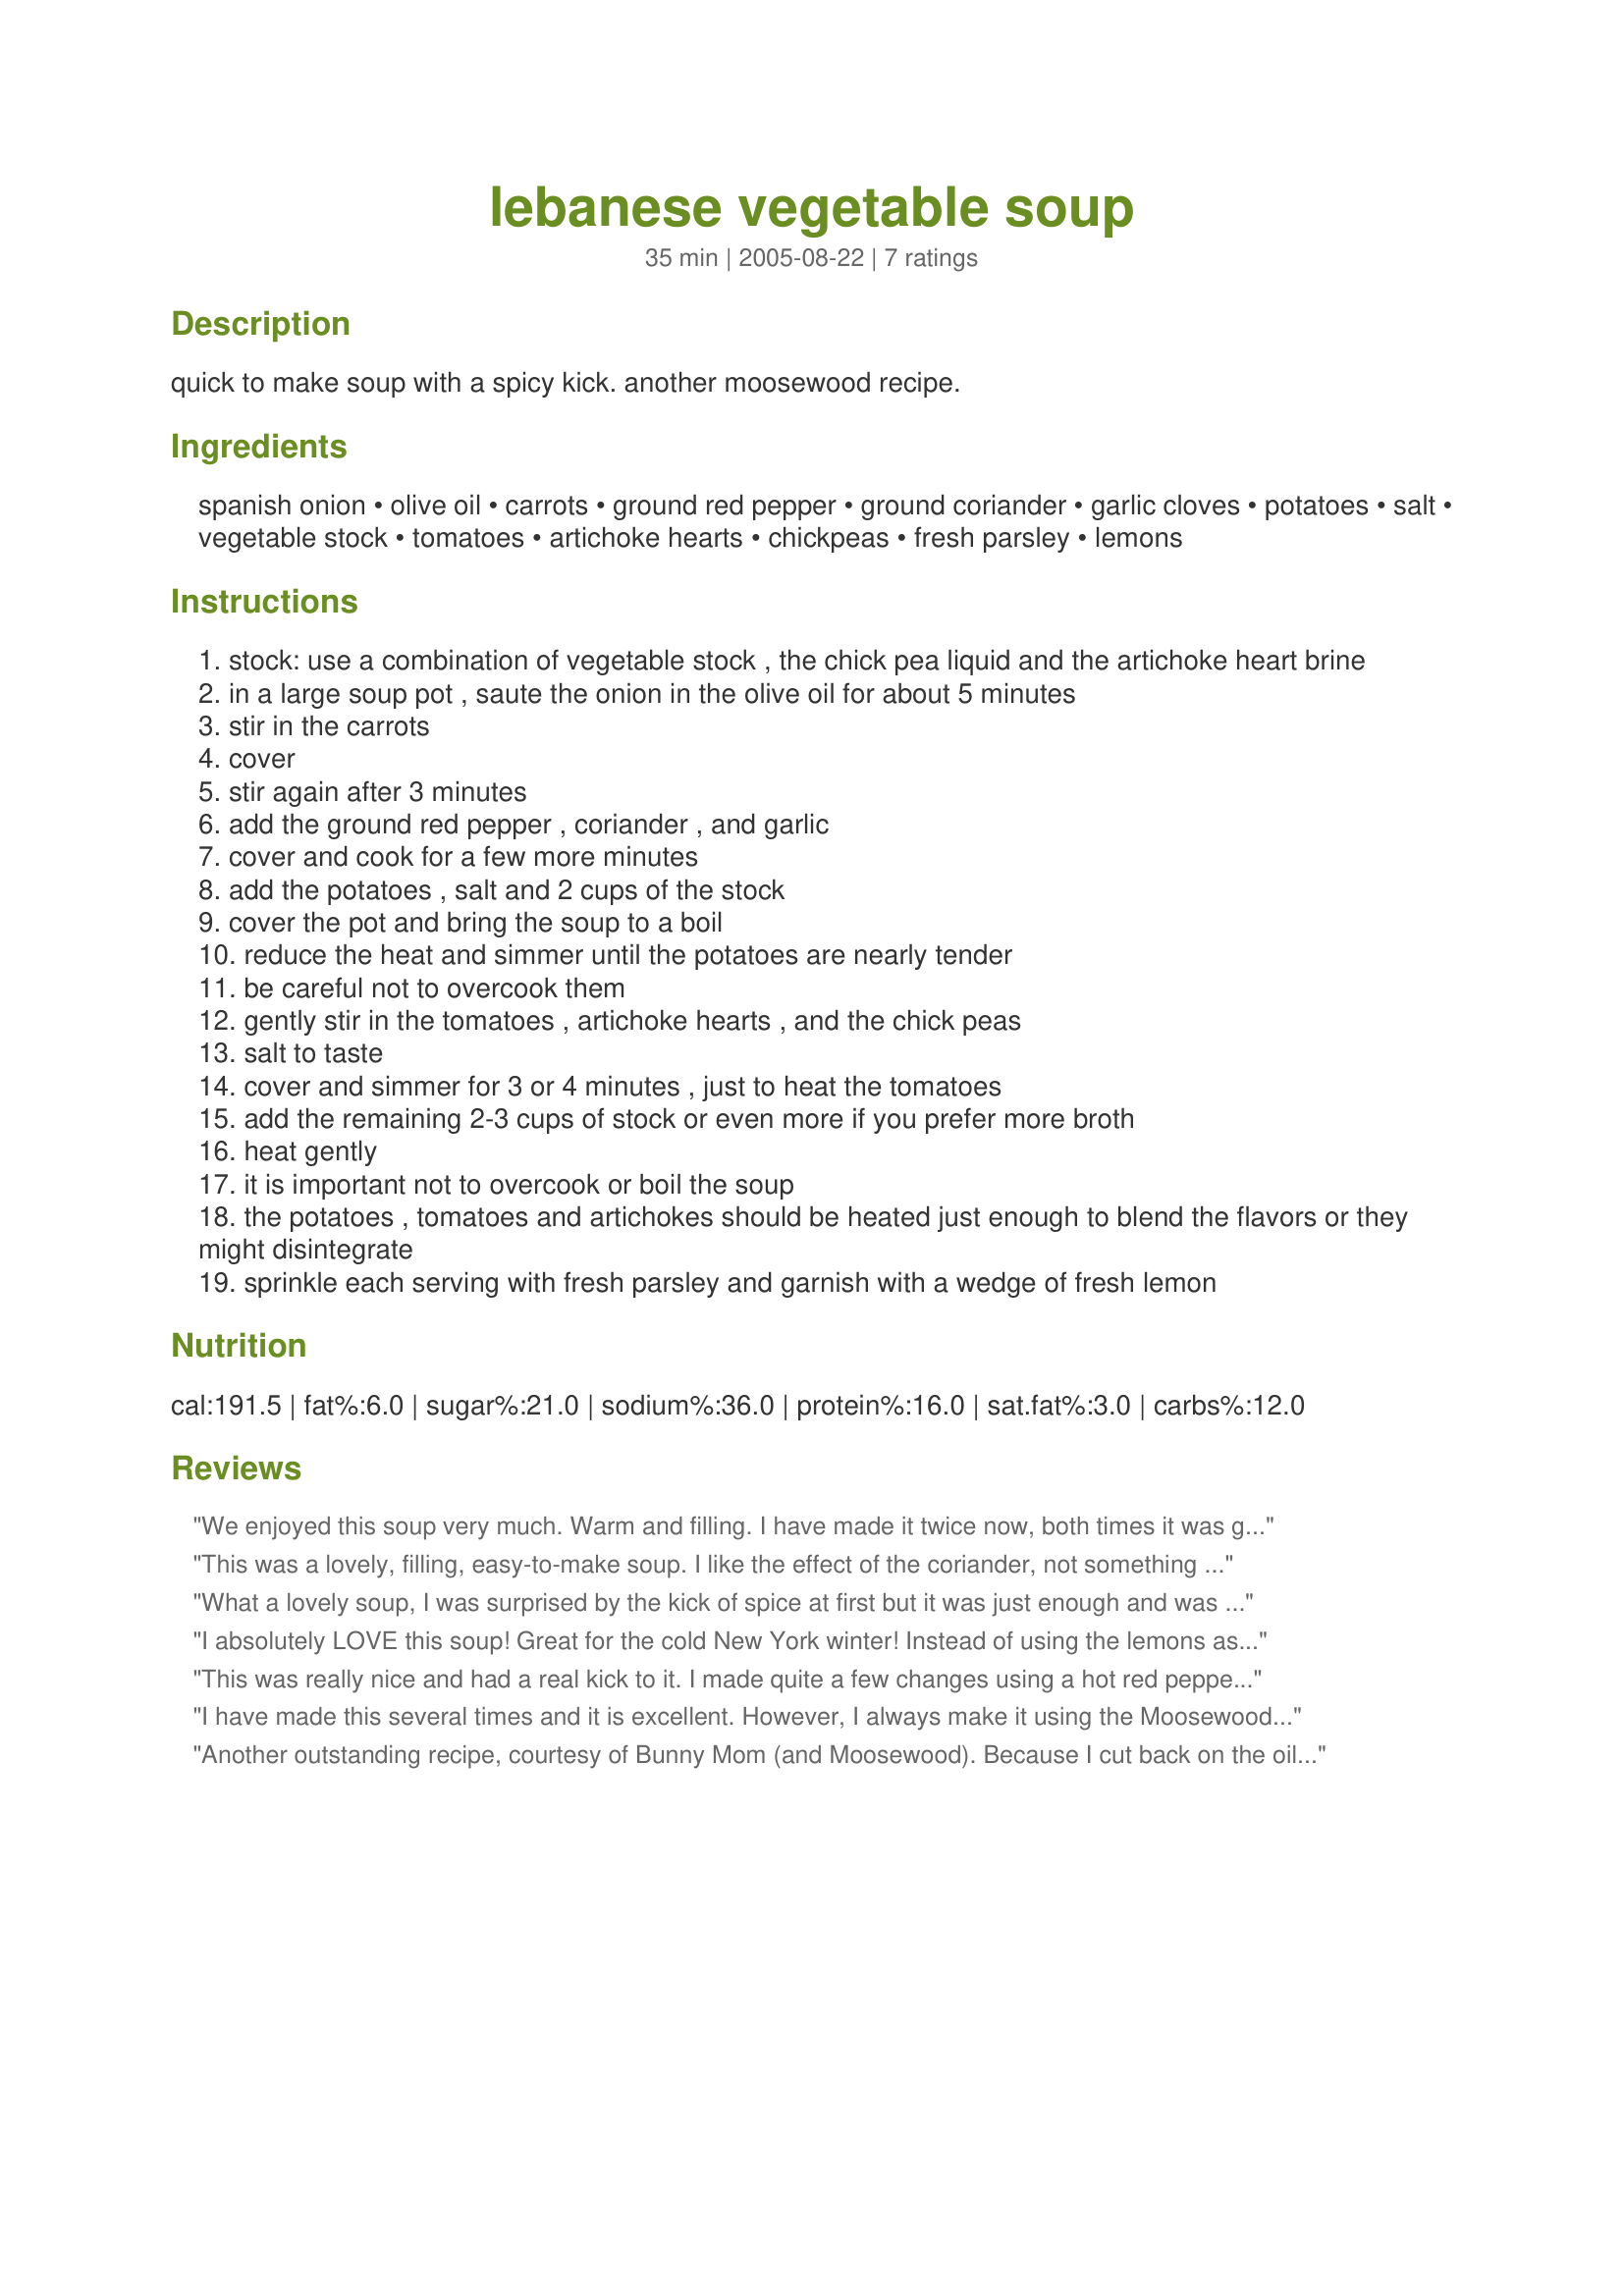
lebanese vegetable soup
Preparation time: 35 minutes

quick to make soup with a spicy kick. another moosewood recipe.

Ingredients:
spanish onion, olive oil, carrots, ground red pepper, ground coriander, garlic cloves, potatoes, salt, vegetable stock, tomatoes, artichoke hearts, chickpeas, fresh parsley, lemons

Steps:
stock: use a combination of vegetable stock , the chick pea liquid and the artichoke heart brine
in a large soup pot , saute the onion in the olive oil for about 5 minutes
stir in the carrots
cover
stir again after 3 minutes
add the ground red pepper , coriander , and garlic
cover and cook for a few more minutes
add the potatoes , salt and 2 cups of the stock
cover the pot and bring the soup to a boil
reduce the heat and simmer until the potatoes are nearly tender
be careful not to overcook them
gently stir in the tomatoes , artichoke hearts , and the chick peas
salt to taste
cover and simmer for 3 or 4 minutes , just to heat the tomatoes
add the remaining 2-3 cups of stock or even more if you prefer more broth
heat gently
it is important not to overcook or boil the soup
the potatoes , tomatoes and artichokes should be heated just enough to blend the flavors or they might disintegrate
sprinkle each serving with fresh parsley and garnish with a wedge of fresh lemon

Reviews:
We enjoyed this soup very much. Warm and filling. I have made it twice now, both times it was great. The second time, I replaced the potato with barley. Either way it was wonderful. Thank you.
This was a lovely, filling, easy-to-make soup. I like the effect of the coriander, not something I normally include in soup. Like the other reviewer, I cut back on the liquid some for a thicker soup. I also threw in a bit of broccoli I had left over. This one's a winner!
What a lovely soup, I was surprised by the kick of spice at first but it was just enough and was a compliment to the other flavours. I used sweet potatoes instead of regular because they have a richer texture, but it came out beautifully.
I absolutely LOVE this soup! Great for the cold New York winter! Instead of using the lemons as a garnish, I throw them IN the pot as the soup is simmering. I also add mushrooms to the soup. I happen to like crimini or portobello
This was really nice and had a real kick to it. I made quite a few changes using a hot red pepper and buckwheat instead of potatoes. See the updated recipe at http://stmargaretskitchen.blogspot.com/2009/01/spicy-vegetable-soup.html
I have made this several times and it is excellent. However, I always make it using the Moosewood vegetable stock recipe found in the same book at the back of the book.
Another outstanding recipe, courtesy of Bunny Mom (and Moosewood). Because I cut back on the oil a bit, the onion/carrot/garlic mixture stuck to the bottom of the pot, but after I added the liquid (water from artichoke and chick peas came to about 2 cups) that cleared away. I also roasted my artichokes first with 2 garlic cloves (because I was working on developing one of my own recipes that called for roasted artichokes which I will be posting soon;). I only added 2 additional cups of broth, which resulted in a very thick soup. I threw in a generous handful of baby spinach instead of the parsley which I forgot to pick up and the entire 14 ounce can of chick peas. Oh, and I simmered the potatoes for about 14 minutes and don't forget the lemon at the end; it was key! Overall this recipe took more time than indicated, but a definite 5-star result! Thanks again for posting another terrific recipe Bunny Mom!
